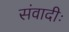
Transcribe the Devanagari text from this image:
संवादीः